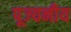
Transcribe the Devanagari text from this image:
पूज्‍यनीय